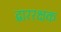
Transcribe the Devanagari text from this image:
द्बाररक्षक